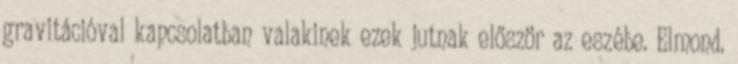
gravitációval kapcsolatban valakinek ezek jutnak először az eszébe. Elmond.